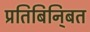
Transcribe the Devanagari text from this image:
प्रतिबिनि्बत